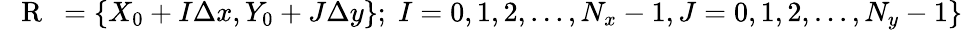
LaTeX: \mathrm{~{~\mathbf~R~}~}=\{ X_{0}+I\Delta x,Y_{0}+J\Delta y\} ;\; I=0,1,2,...,N_{x}-1,J=0,1,2,...,N_{y}-1\}